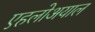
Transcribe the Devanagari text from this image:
एहलोअयाल